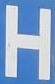
H